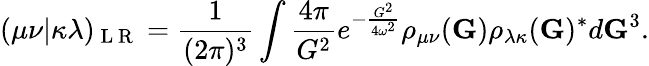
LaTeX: (\mu\nu|\kappa\lambda)_{\mathrm{~L~R~}}=\frac{1}{(2\pi)^{3}}\int\frac{4\pi}{G^{2}}e^{-\frac{G^{2}}{4\omega^{2}}}\rho_{\mu\nu}(\mathbf{G})\rho_{\lambda\kappa}(\mathbf{G})^{*}d\mathbf{G}^{3}.